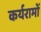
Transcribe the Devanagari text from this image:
कर्यरामों